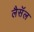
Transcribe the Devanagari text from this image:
लैसॅल